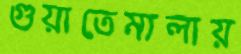
গুয়াতেমালায়